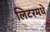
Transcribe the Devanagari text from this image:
लिटरमधे